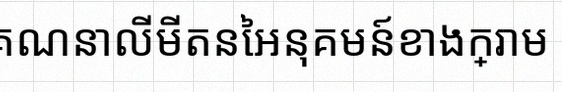
គណនាលីមីតនៃអនុគមន៍ខាងក្រោម